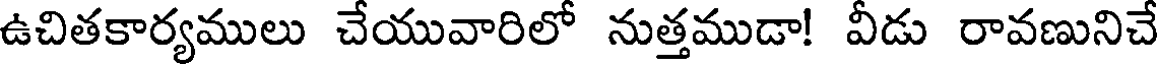
ఉచితకార్యములు చేయువారిలో నుత్తముడా! వీడు రావణునిచే